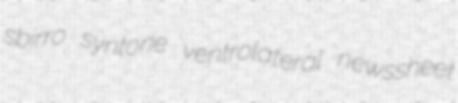
sbirro syntone ventrolateral newssheet